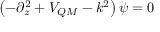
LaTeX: \left( - \partial _ { z } ^ { 2 } + V _ { Q M } - k ^ { 2 } \right) \psi = 0